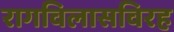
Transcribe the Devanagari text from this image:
रागविलासविरह